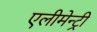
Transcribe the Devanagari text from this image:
एलीमेन्ट्री